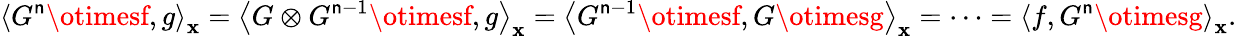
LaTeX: {\left\langle{{G^{\mathsf{n}}}\otimesf,g}\right\rangle_{\mathbf{{x}}}}={\left\langle{G\otimes{G^{\mathsf{n}-1}}\otimesf,g}\right\rangle_{\mathbf{{x}}}}={\left\langle{{G^{\mathsf{n}-1}}\otimesf,G\otimesg}\right\rangle_{\mathbf{{x}}}}=\cdots={\left\langle{f,{G^{\mathsf{n}}}\otimesg}\right\rangle_{\mathbf{{x}}}}.